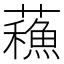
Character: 蘓